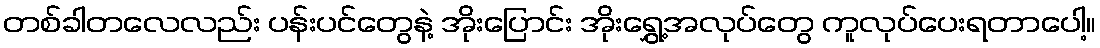
တစ်ခါတလေလည်း ပန်းပင်တွေနဲ့ အိုးပြောင်း အိုးရွှေ့အလုပ်တွေ ကူလုပ်ပေးရတာပေါ့။